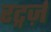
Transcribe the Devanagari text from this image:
रट्गर्ज़